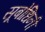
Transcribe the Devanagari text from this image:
सूबोधिनी